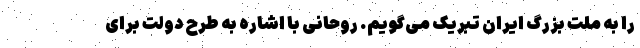
را به ملت بزرگ ایران تبریک می‌گویم. روحانی با اشاره به طرح دولت برای